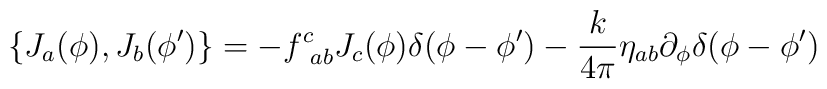
\{J_a(\phi),J_b(\phi')\}=-f_{~ab}^{c}J_c(\phi)\delta(\phi-\phi')-\frac{k}{4\pi}\eta_{ab}\partial_\phi\delta(\phi-\phi')